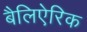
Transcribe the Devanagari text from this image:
बैलिऐरिक